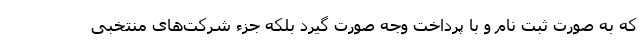
که به صورت ثبت نام و با پرداخت وجه صورت گیرد بلکه جزء شرکت‌های منتخبی